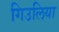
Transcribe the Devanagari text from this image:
गिउलिया